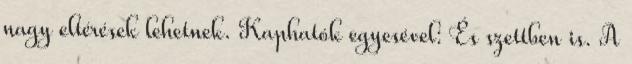
nagy eltérések lehetnek. Kaphatók egyesével: És szettben is. A